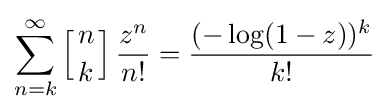
\sum _{n=k}^{\infty }\left[{n \atop k}\right]{\frac {z^{n}}{n!}}={\frac {(-\log(1-z))^{k}}{k!}}